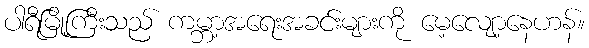
ပါရီမြို့ကြီးသည် ကမ္ဘာ့အရေးအခင်းများကို မေ့လျော့နေဟန်။